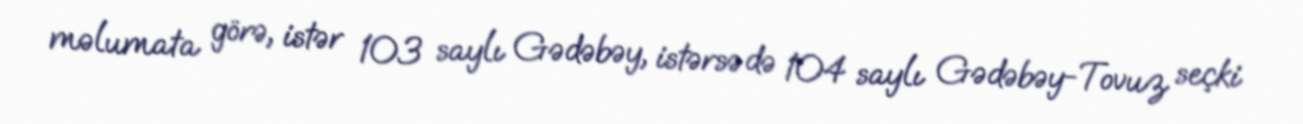
məlumata görə, istər 103 saylı Gədəbəy, istərsə də 104 saylı Gədəbəy-Tovuz seçki